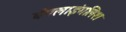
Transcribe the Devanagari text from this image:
बँगलाइंगलिश